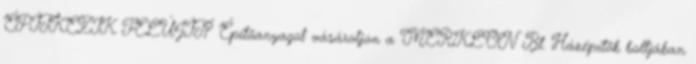
ÉPÍTKEZIK FELÚJÍT? Építõanyagot vásároljon a MERKLON Bt. Házépítõk boltjában